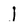
Character: j